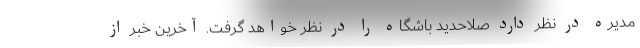
مدیره در نظر دارد صلاحدید باشگاه را در نظر خواهد گرفت. آخرین خبر از